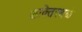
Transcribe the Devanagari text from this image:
शक्तिस्थळे